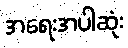
အရေးအပါဆုံး